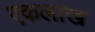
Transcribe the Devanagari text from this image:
एकलाख